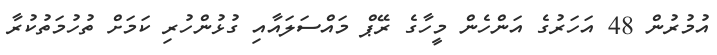
އުމުރުން 48 އަހަރުގެ އަންހެން މީހާގެ ރޭޕް މައްސަލައާއި ގުޅުންހުރި ކަމަށް ތުހުމަތުކުރާ